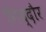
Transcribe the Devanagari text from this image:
गिद्दौर